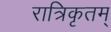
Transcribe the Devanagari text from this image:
रात्रिकृतम्‌